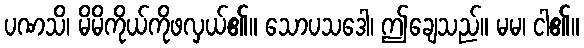
ပဏသိ၊ မိမိကိုယ်ကိုဖလှယ်၏။ သောပသဒေါ၊ ဤချေသည်။ မမ၊ ငါ၏။